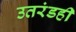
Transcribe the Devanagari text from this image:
उतरंडही